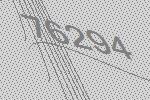
76294